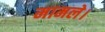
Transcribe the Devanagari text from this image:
मामले।